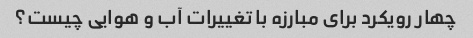
چهار رویکرد برای مبارزه با تغییرات آب و هوایی چیست؟